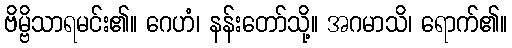
ဗိမ္ဗိသာရမင်း၏။ ဂေဟံ၊ နန်းတော်သို့။ အဂမာသိ၊ ရောက်၏။